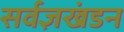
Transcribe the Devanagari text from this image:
सर्वज्ञखंडन